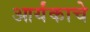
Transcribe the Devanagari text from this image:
आर्यंकाचे